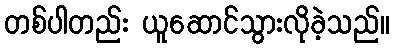
တစ်ပါတည်း ယူဆောင်သွားလိုခဲ့သည်။